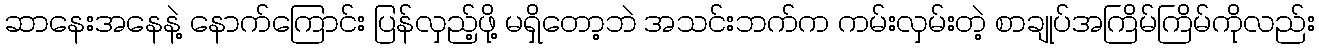
ဆာနေးအနေနဲ့ နောက်ကြောင်း ပြန်လှည့်ဖို့ မရှိတော့ဘဲ အသင်းဘက်က ကမ်းလှမ်းတဲ့ စာချုပ်အကြိမ်ကြိမ်ကိုလည်း